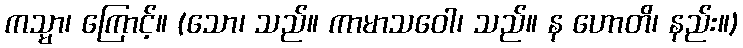
ကသ္မာ၊ ကြောင့်။ (သော၊ သည်။ ကာမာသဝေါ၊ သည်။ န ဟောတိ၊ နည်း။)